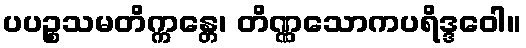
ပပဉ္စသမတိက္ကန္တေ၊ တိဏ္ဏသောကပရိဒ္ဒဝေါ။